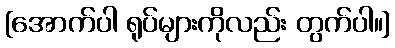
[အောက်ပါ ရုပ်များကိုလည်း တွက်ပါ။]